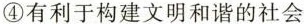
④有利于构建文明和谐的社会